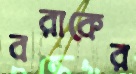
বরাকের